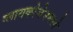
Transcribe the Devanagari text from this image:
ग्लायकोजेनमध्ये